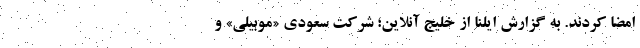
امضا کردند. به گزارش ایلنا از خلیج آنلاین؛ شرکت سعودی «موبیلی» و